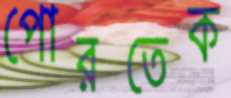
পোরতেক